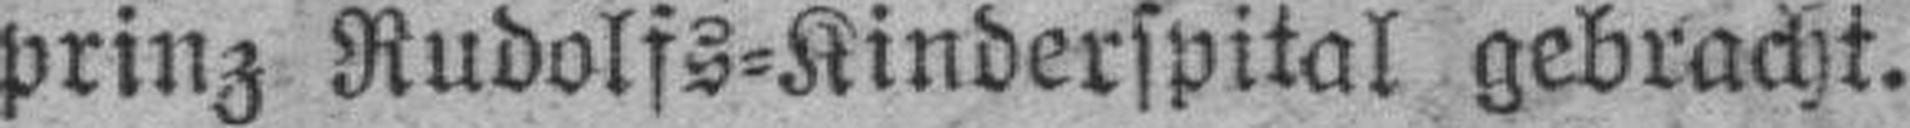
prinz Rudolfs=Kinderspital gebracht.